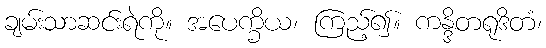
ချမ်းသာဆင်းရဲကို။ အပေက္ခိယ၊ ကြည့်၍။ ကန္ဒိတရုဒိတံ၊